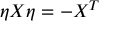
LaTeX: \eta X \eta = - X ^ { T }